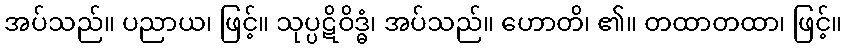
အပ်သည်။ ပညာယ၊ ဖြင့်။ သုပ္ပဋိဝိဒ္ဓံ၊ အပ်သည်။ ဟောတိ၊ ၏။ တထာတထာ၊ ဖြင့်။